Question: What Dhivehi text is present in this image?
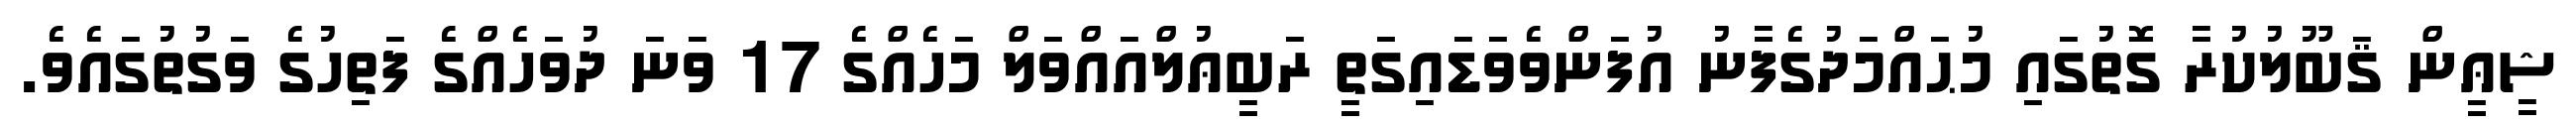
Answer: ޝީޢީން ޤަބޫލުކުރާ ގޮތުގައި މުޙައްމަދުގެފާނު އުފަންވެވަޑައިގަތީ ރަބީޢުލްއައްވަލް މަހެއްގެ 17 ވަނަ ދުވަހެއްގެ ފަތިހުގެ ވަގުތުގައެވެ.